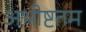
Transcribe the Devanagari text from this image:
अभीष्टतम